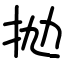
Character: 抛